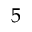
5